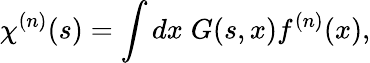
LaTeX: \chi^{(n)}(s)=\int dx\; G(s,x)f^{(n)}(x),